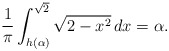
\begin{align*}\frac{1}{\pi}\int_{h(\alpha)}^{\sqrt{2}}\sqrt{2-x^2}\,dx=\alpha.\end{align*}